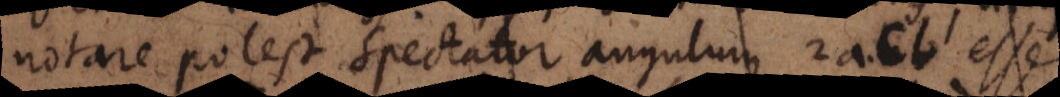
notare potest spectator angulum 2acb esse